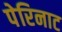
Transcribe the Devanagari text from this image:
पेरिनाट